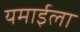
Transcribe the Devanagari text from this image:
यमाईला